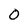
Character: 0